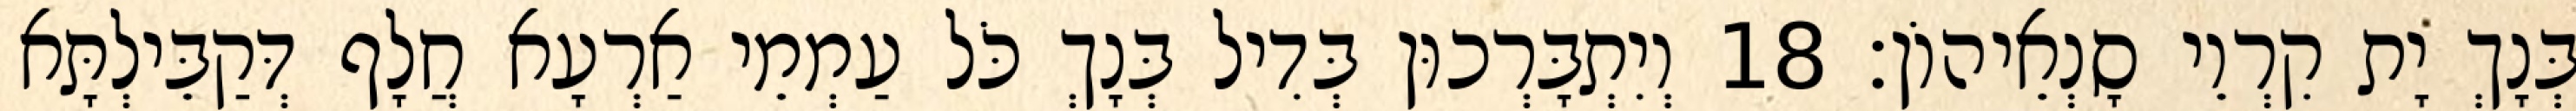
בְּנָךְ יָת קִרְוֵי סָנְאֵיהוֹן׃ 18 וְיִתְבָּרְכוּן בְּדִיל בְּנָךְ כֹּל עַמְמֵי אַרְעָא חֲלָף דְּקַבֵּילְתָּא